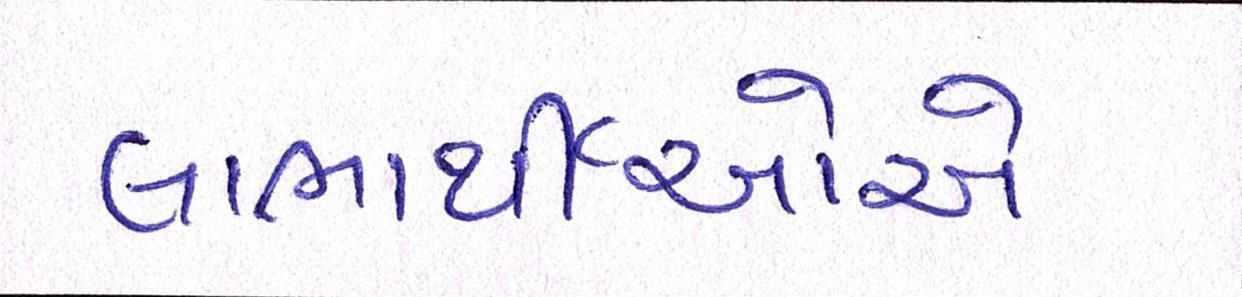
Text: લાભાર્થીઓએ